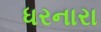
ધરનારા